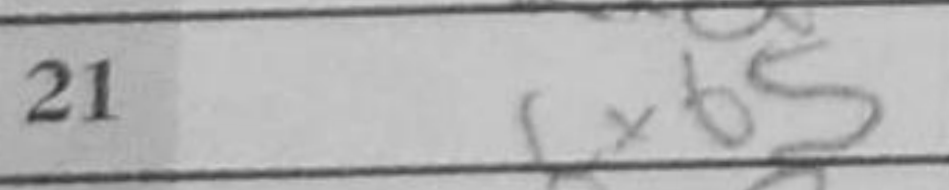
Transcription: cxb5